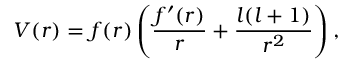
V ( r ) = f ( r ) \left( \frac { f ^ { \prime } ( r ) } { r } + \frac { l ( l + 1 ) } { r ^ { 2 } } \right) ,